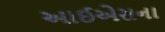
આઈએસના